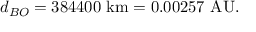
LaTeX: d _ { B O } = 3 8 4 4 0 0 { \mathrm { ~ k m } } = 0 . 0 0 2 5 7 { \mathrm { ~ A U } } .